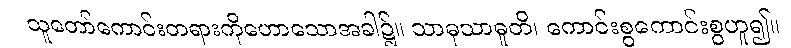
သူတော်ကောင်းတရားကိုဟောသောအခါ၌။ သာဓုသာဓူတိ၊ ကောင်းစွကောင်းစွဟူ၍။